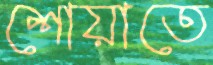
শোয়াতে